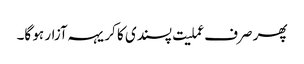
پھر صرف عملیت پسندی کا کریہہ آزار ہو گا۔